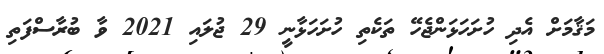
މަޤާމަށް އެދި ހުށަހަޅަންޖެހޭ ތަކެތި ހުށަހަޅާނީ 29 ޖުލައި 2021 ވާ ބުރާސްފަތި